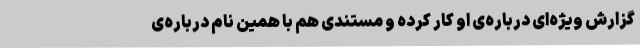
گزارش ویژه‌ای درباره‌ی او کار کرده و مستندی هم با همین نام درباره‌ی